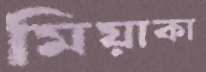
মিয়াকা